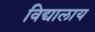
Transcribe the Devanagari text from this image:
विद्यालाय